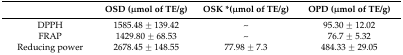
<table><thead><tr><td></td><td><b>OSD (μmol of TE/g)</b></td><td><b>OSK *(μmol of TE/g)</b></td><td><b>OPD (μmol of TE/g)</b></td></tr></thead><tbody><tr><td>DPPH</td><td>1585.48 ± 139.42</td><td>~</td><td>95.30 ± 12.02</td></tr><tr><td>FRAP</td><td>1429.80 ± 68.53</td><td>~</td><td>76.7 ± 5.32</td></tr><tr><td>Reducing power</td><td>2678.45 ± 148.55</td><td>77.98 ± 7.3</td><td>484.33 ± 29.05</td></tr></tbody></table>